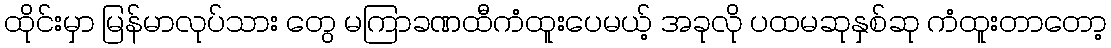
ထိုင်းမှာ မြန်မာလုပ်သား တွေ မကြာခဏထီကံထူးပေမယ့် အခုလို ပထမဆုနှစ်ဆု ကံထူးတာတော့